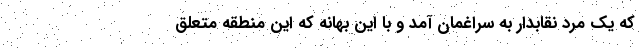
که یک مرد نقابدار به سراغمان آمد و با این بهانه که این منطقه متعلق